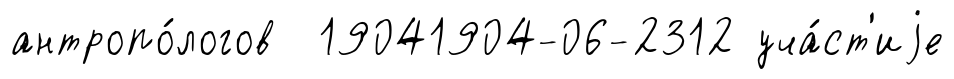
антропо́логов 19041904-06-2312 уча́ст'иjе